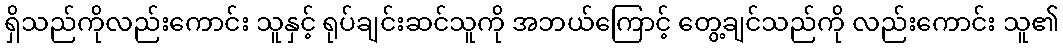
ရှိသည်ကိုလည်းကောင်း သူနှင့် ရုပ်ချင်းဆင်သူကို အဘယ်ကြောင့် တွေ့ချင်သည်ကို လည်းကောင်း သူ၏